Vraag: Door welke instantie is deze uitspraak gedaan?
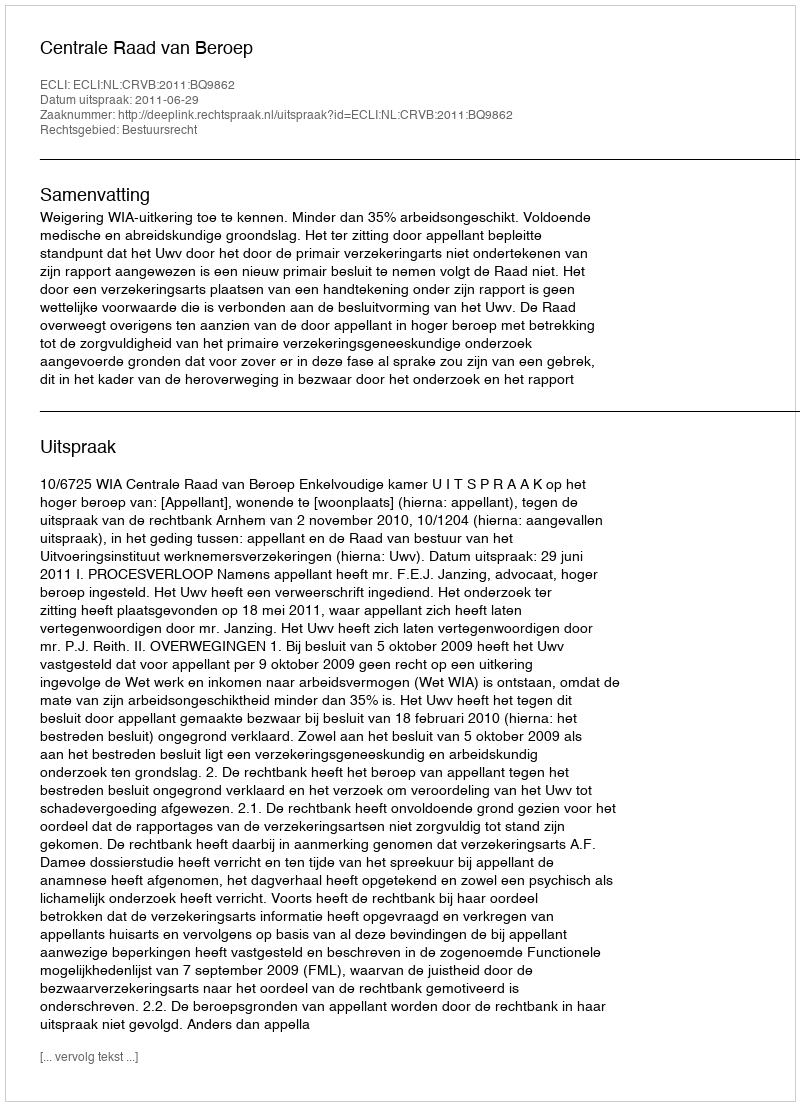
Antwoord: Centrale Raad van Beroep